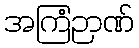
အကြံဉာဏ်